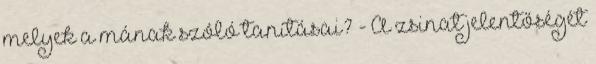
melyek a mának szóló tanításai? - A zsinat jelentőségét